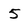
Character: 5